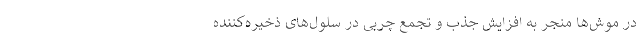
در موش‌ها منجر به افزایش جذب و تجمع چربی در سلول‌های ذخیره‌کننده